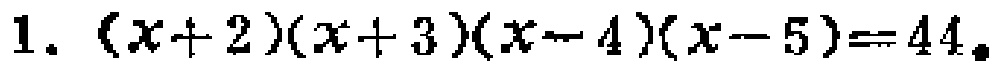
1. \((x + 2)(x + 3)(x - 4)(x - 5)=44\)